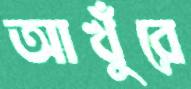
আখুঁরে